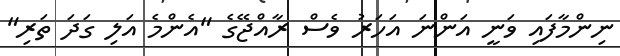
ނިންމާފައި ވަނީ އަންނަ އަހަރު ވެސް ރާއްޖޭގެ "އެންމެ އަލި ގަދަ ތަރި"